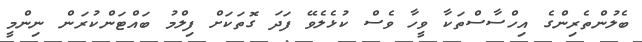
ބެލުންތެރިންގެ އިހްސާސްތަކާ ވީހާ ވެސް ކުޅެލެވޭ ފަދަ ގޮތަކަށް ފިލްމު ބައްޓަންކުރަން ނިންމީ